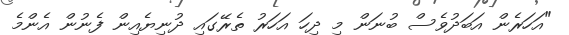
"އަހަރެން އަބަދުވެސް ބުނަން މި ދިހަ އަހަރު ތެރޭގައި ދުނިޔެއިން ފެނުން އެންމެ